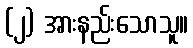
(၂) အားနည်းသောသူ။